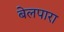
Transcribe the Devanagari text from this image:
बेलपारा